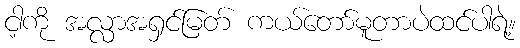
ငါ့ကို အလ္လာအရှင်မြတ် ကယ်တော်မူတာပဲထင်ပါရဲ့။